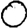
Digit: 0